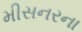
મીસનરના